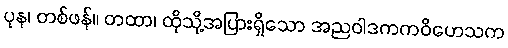
ပုန၊ တစ်ဖန်။ တထာ၊ ထိုသို့အပြားရှိသော အညဝါဒကကဝိဟေသက